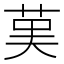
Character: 𦰩